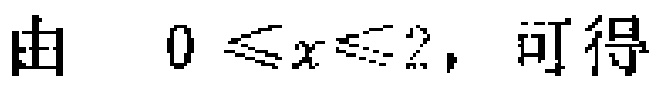
由 \(0 \leq x \leq 2\)，可得